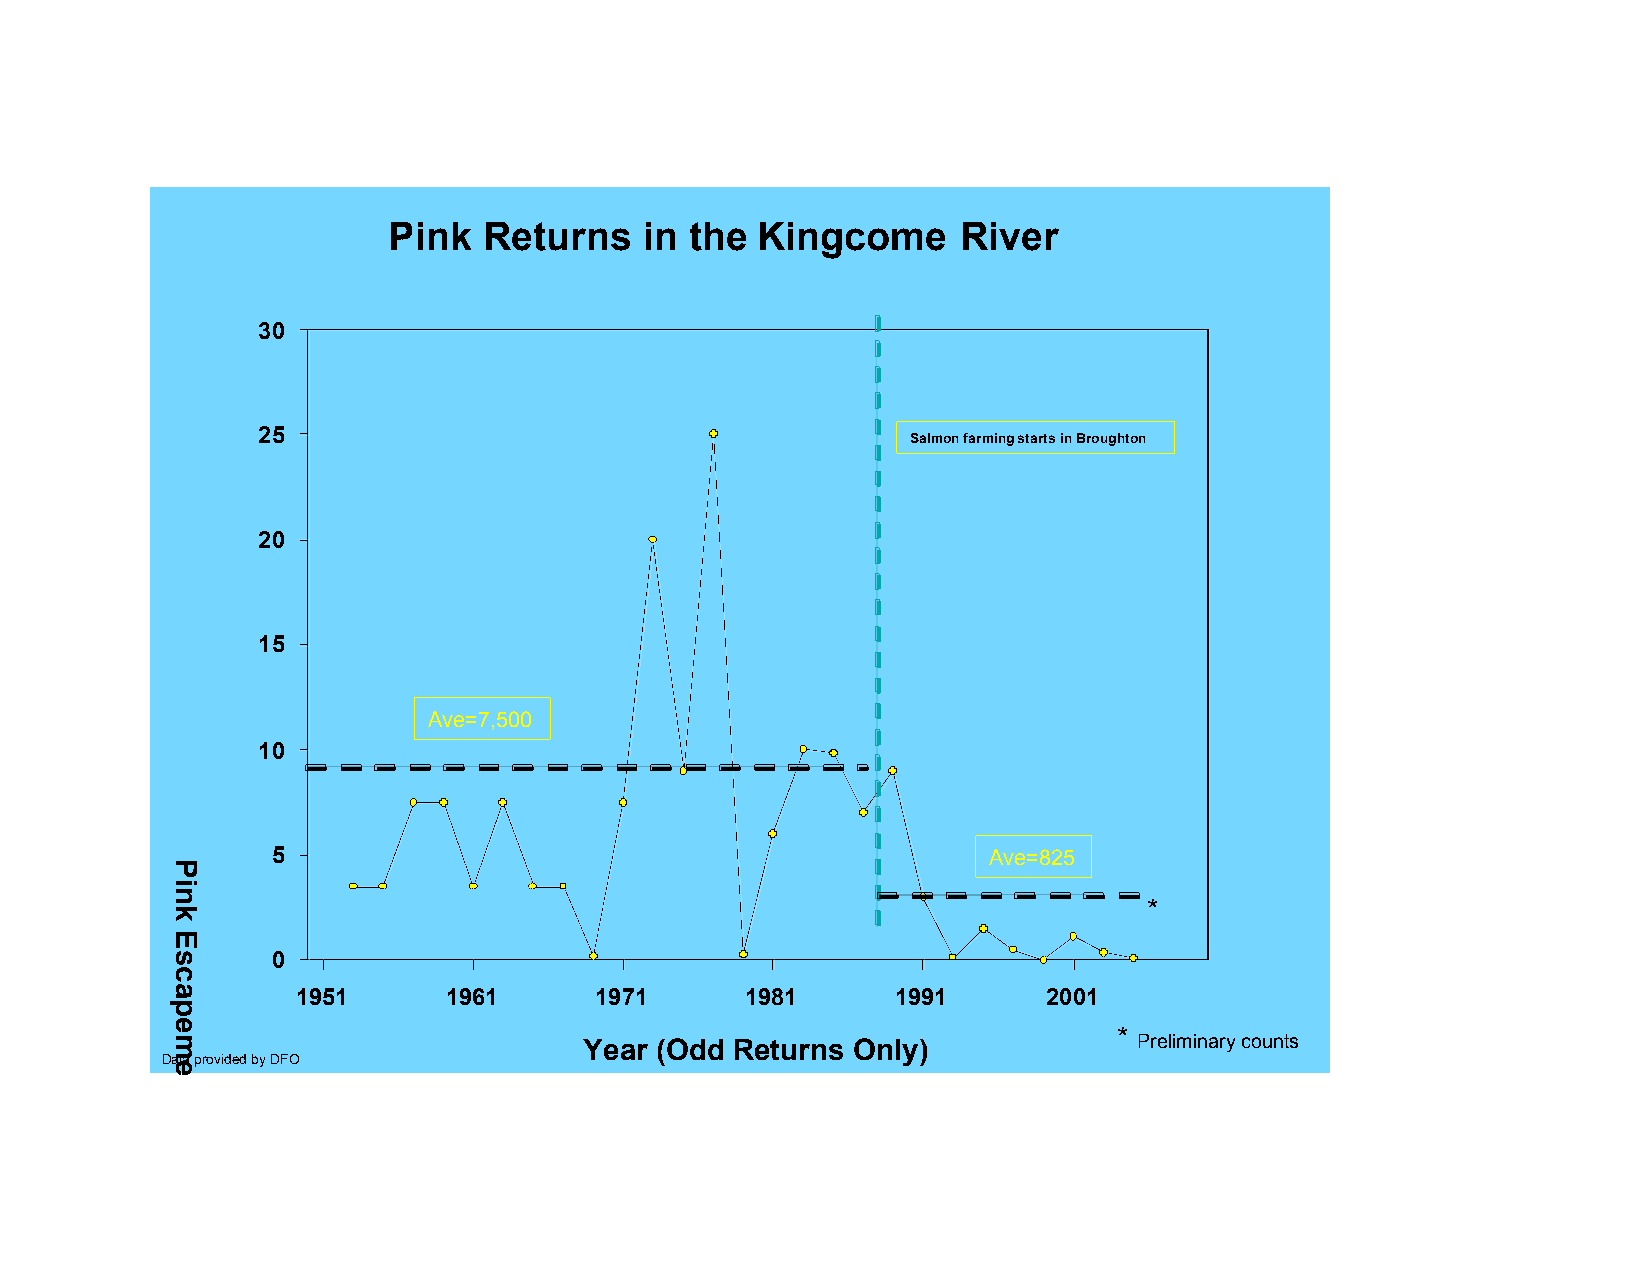
Pink  Returns    in the Kingcome     River
 30
 25
 Salmon farming starts in Broughton
 20
 15
 Ave=7,500
 10
 5                                              Ave=825
 *
 0
 1951     1961      1971      1981      1991      2001
 *
 Year (Odd Returns Only)             Preliminary counts
 Data provided by DFO
 Pink
 Escapement
 (thousands)